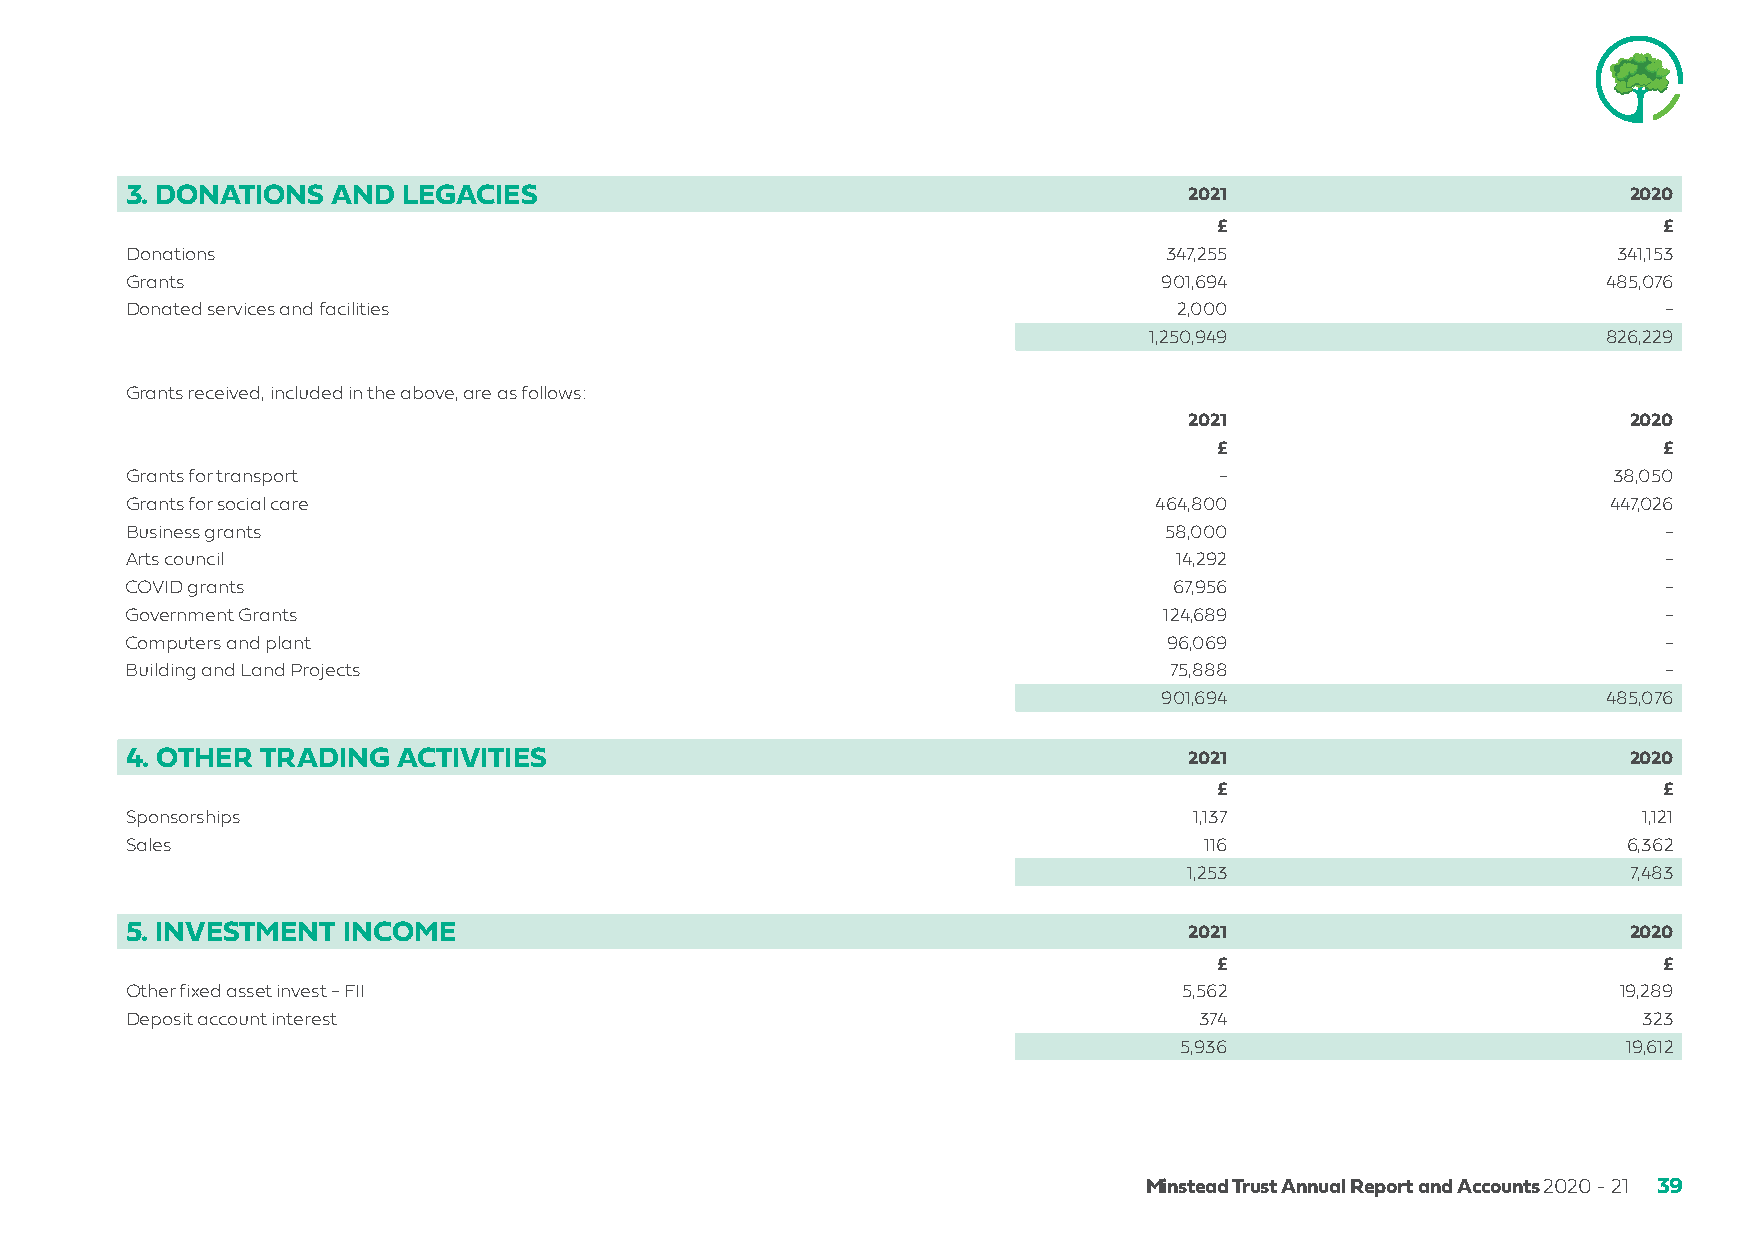
3. DONATIONS  AND  LEGACIES                                            2021                         2020
 £                             £
 Donations                                                            347,255                       341,153
 Grants                                                               901,694                      485,076
 Donated services and facilities                                       2,000                           -
 1,250,949                     826,229
 Grants received, included in the above, are as follows:
 2021                         2020
 £                             £
 Grants for transport                                                     -                         38,050
 Grants for social care                                              464,800                       447,026
 Business grants                                                      58,000                           -
 Arts council                                                          14,292                          -
 COVID grants                                                          67,956                          -
 Government Grants                                                    124,689                          -
 Computers and plant                                                  96,069                           -
 Building and Land Projects                                           75,888                           -
 901,694                      485,076
 4. OTHER TRADING  ACTIVITIES                                           2021                         2020
 £                             £
 Sponsorships                                                           1,137                         1,121
 Sales                                                                   116                         6,362
 1,253                         7,483
 5. INVESTMENT  INCOME                                                  2021                         2020
 £                             £
 Other fixed asset invest - FII                                        5,562                        19,289
 Deposit account interest                                               374                           323
 5,936                         19,612
 Minstead Trust Annual Report and Accounts 2020 - 21 39